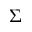
\Sigma